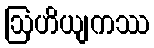
ဩဟိယျကဿ